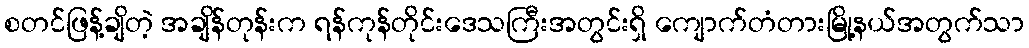
စတင်ဖြန့်ချိတဲ့ အချိန်တုန်းက ရန်ကုန်တိုင်းဒေသကြီးအတွင်းရှိ ကျောက်တံတားမြို့နယ်အတွက်သာ